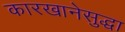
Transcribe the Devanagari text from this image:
कारखानेसुद्धा